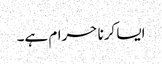
ایسا کرنا حرام ہے۔